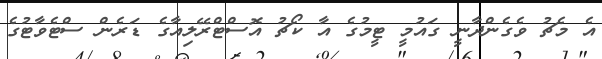
އެ މެޗު ވެގެންދާނީ ގައުމީ ޓީމުގެ އާ ކޯޗު އޮސްޓްރޭލިއާގެ ޑަރެން ސްޓެވާޓުގެ